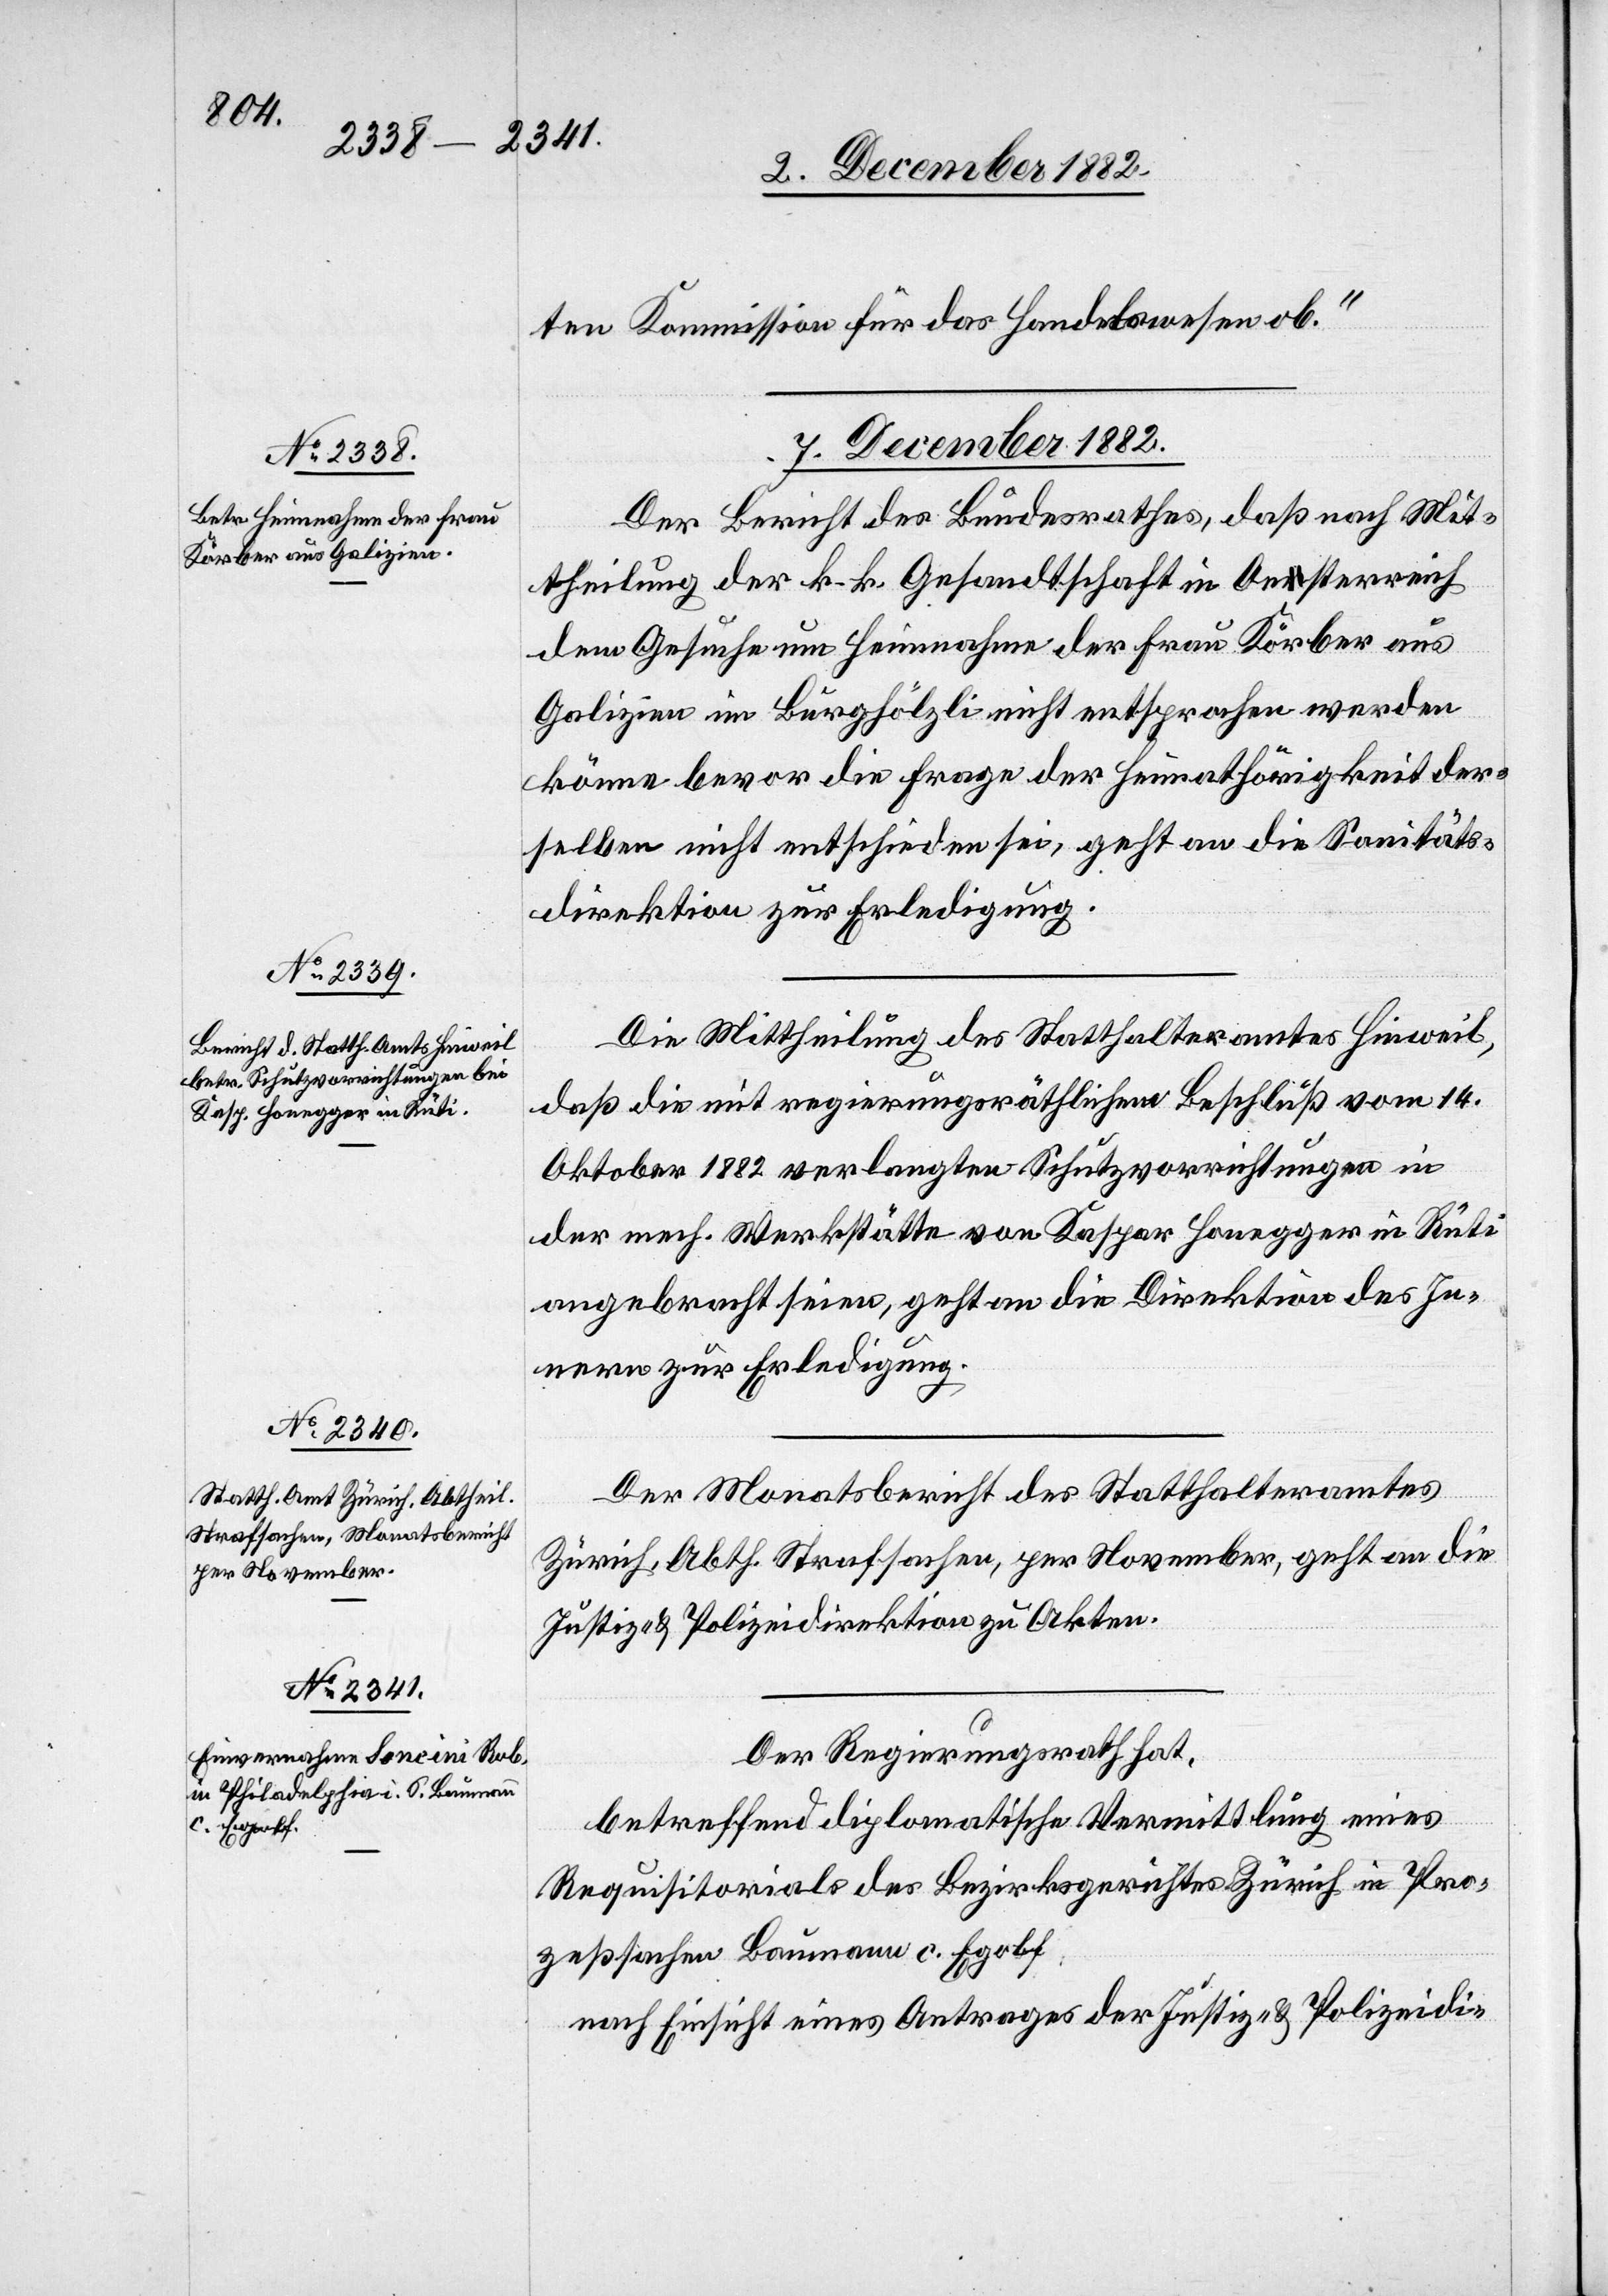
ten Kommission für das Handelswesen ob.“
7. December 1882.]
Der Bericht des Bundesrathes, daß nach Mit¬
theilung der k. k. Gesandtschaft in Oesterreich
dem Gesuche um Heimnahme der Frau Körber aus
Galizien im Burghölzli nicht entsprochen werden
könne bevor die Frage der Heimathörigkeit der¬
selben nicht entschieden sei, geht an die Sanitäts¬
direktion zur Erledigung.
Die Mittheilung des Statthalteramtes Hinweil,
daß die mit regierungsräthlichem Beschluß vom 14.
Oktober 1882 verlangten Schutzvorrichtungen in
der mech. Werkstätte von Kaspar Honegger in Rüti
angebracht seien, geht an die Direktion des In¬
nern zur Erledigung.
Der Monatsbericht des Statthalteramtes
Zürich, Abth. Strafsachen, per November, geht an die
Justiz- & Polizeidirektion zu Akten.
Der Regierungsrath hat,
betreffend diplomatische Vermittlung eines
Requisitorials des Bezirksgerichtes Zürich in Pro¬
zeßsachen Baumann c. Egolf,
nach Einsicht eines Antrages der Justiz- & Polizeidi-